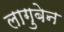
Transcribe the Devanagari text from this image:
लागुबेन